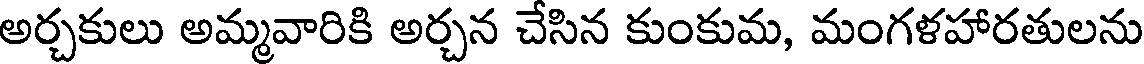
అర్చకులు అమ్మవారికి అర్చన చేసిన కుంకుమ, మంగళహారతులను